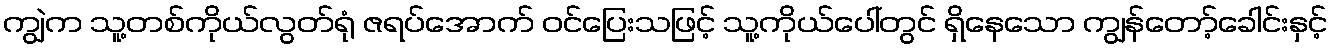
ကျွဲက သူ့တစ်ကိုယ်လွတ်ရုံ ဇရပ်အောက် ဝင်ပြေးသဖြင့် သူ့ကိုယ်ပေါ်တွင် ရှိနေသော ကျွန်တော့်ခေါင်းနှင့်